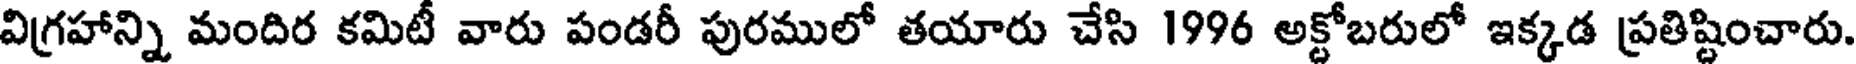
విగ్రహాన్ని మందిర కమిటీ వారు పండరీ పురములో తయారు చేసి 1996 అక్టోబరులో ఇక్కడ ప్రతిష్టించారు.